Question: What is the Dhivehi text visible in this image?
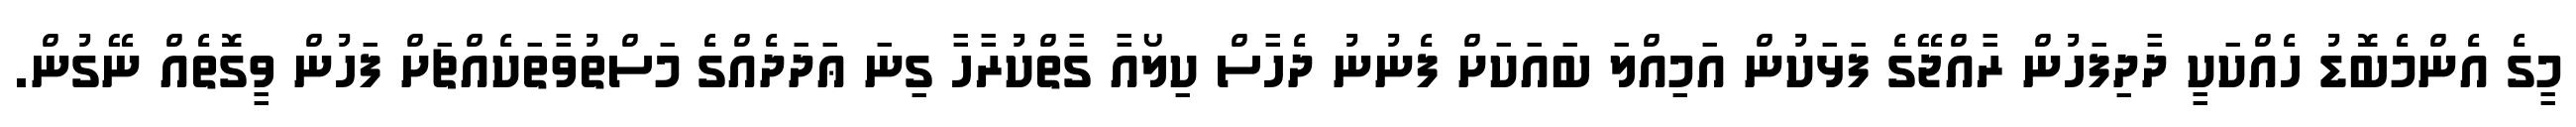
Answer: މީގެ އެންމެބޮޑު ހެއްކަކީ ދާދިފަހުން ރާއްޖޭގެ ފަޅަކުން އަމިއްލަ ބައަކަށް ފެނުނު ދެހާސް ކިލޯއާ ގާތްކުރާހާ ގިނަ ޢަދަދެއްގެ މަސްތުވާތަކެއްޗަށް ފަހުން ވީގޮތެއް ނޭގުން.